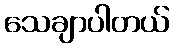
သေချာပါတယ်